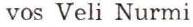
vos Veli Nurmi